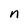
Character: n